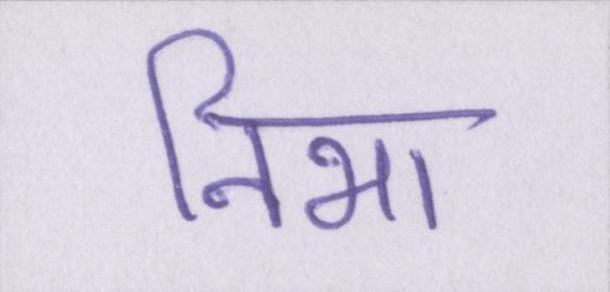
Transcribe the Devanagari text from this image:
निभा